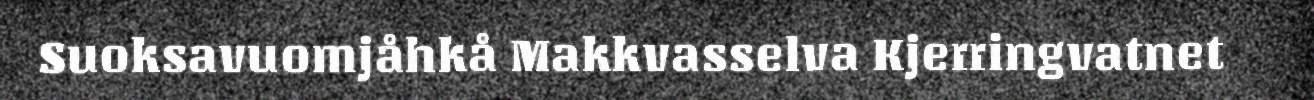
Suoksavuomjåhkå Makkvasselva Kjerringvatnet